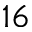
^ { 1 6 }